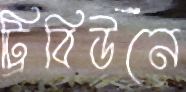
ট্রিবিউনে